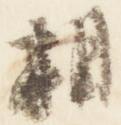
相